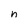
Character: n